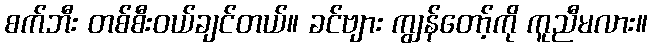
စက်ဘီး တစ်စီးဝယ်ချင်တယ်။ ခင်ဗျား ကျွန်တော့်ကို ကူညီမလား။